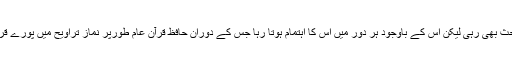
نماز تراویح پر مسلکی بحث بھی رہی لیکن اس کے باوجود ہر دور میں اس کا اہتمام ہوتا رہا جس کے دوران حافظ قرآن عام طورپر نماز تراویح میں پورے قرآن کی تلاوت کرتے ہیں۔